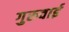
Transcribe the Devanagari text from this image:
गुरुवाई